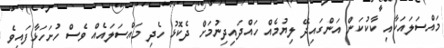
މައްސަލައަކާއި ކާކުކަން އަންގައިދޭ ލިޔުމެއް ހައްދައިދިނުމަށް ދެކޮޅު ހެދި މައްސަލައެއް ވެސް ހުށަހަޅާފައިވެ